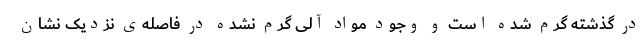
در گذشته گرم شده است و وجود مواد آلی گرم نشده در فاصله‌ی نزدیک نشان